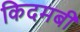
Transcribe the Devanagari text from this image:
किदमबी